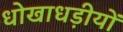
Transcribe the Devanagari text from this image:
धोखाधड़ीयों